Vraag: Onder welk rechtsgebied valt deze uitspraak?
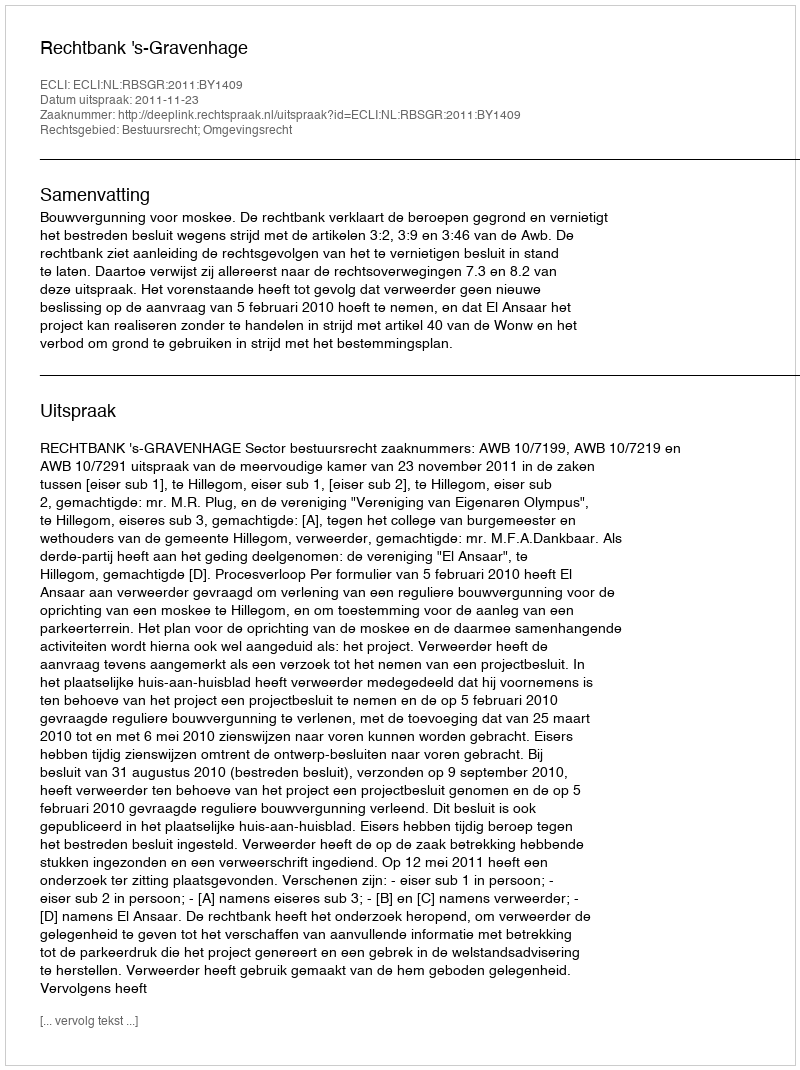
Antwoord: Bestuursrecht; Omgevingsrecht